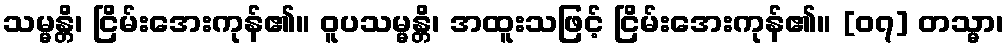
သမ္မန္တိ၊ ငြိမ်းအေးကုန်၏။ ဝူပသမ္မန္တိ၊ အထူးသဖြင့် ငြိမ်းအေးကုန်၏။ [၀၇] တသ္မာ၊